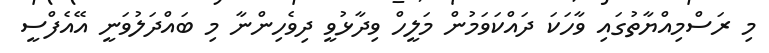
މި ރަސްމިއްޔާތުގައި ވާހަކަ ދައްކަވަމުން މަލީހް ވިދާޅުވީ ދިވެހިންނާ މި ބައްދަލުވަނީ އޭއެފްސީ